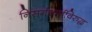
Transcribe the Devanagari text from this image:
निसर्गधर्माविरुद्ध